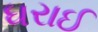
ધરાઈ